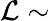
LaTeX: \mathcal{L}\sim